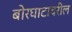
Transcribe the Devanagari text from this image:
बोरघाटावरील